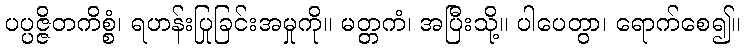
ပပ္ပဇ္ဇိတကိစ္စံ၊ ရဟန်းပြုခြင်းအမှုကို။ မတ္တကံ၊ အပြီးသို့။ ပါပေတွာ၊ ရောက်စေ၍။